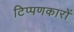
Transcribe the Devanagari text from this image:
टिप्पणकारों